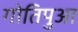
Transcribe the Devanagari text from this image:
गोतिपुआ